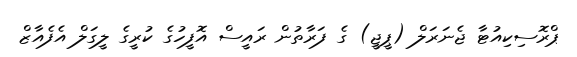
ޕްރޮސިކިއުޓާ ޖެނަރަލް (ޕީޖީ) ގެ ފަރާތުން ރައީސް އޮފީހުގެ ކުރީގެ ލީގަލް އެފެއާޒް